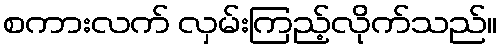
စကားလက် လှမ်းကြည့်လိုက်သည်။